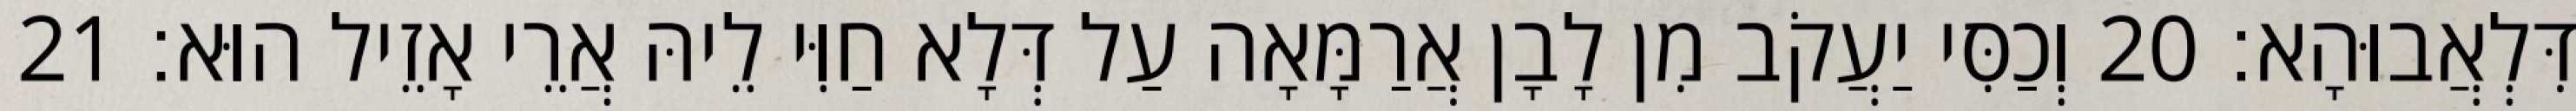
דִּלְאֲבוּהָא׃ 20 וְכַסִּי יַעֲקֹב מִן לָבָן אֲרַמָּאָה עַל דְּלָא חַוִּי לֵיהּ אֲרֵי אָזֵיל הוּא׃ 21